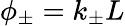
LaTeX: \phi_{\pm}=k_{\pm}L